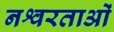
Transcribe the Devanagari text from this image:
नश्वरताओं